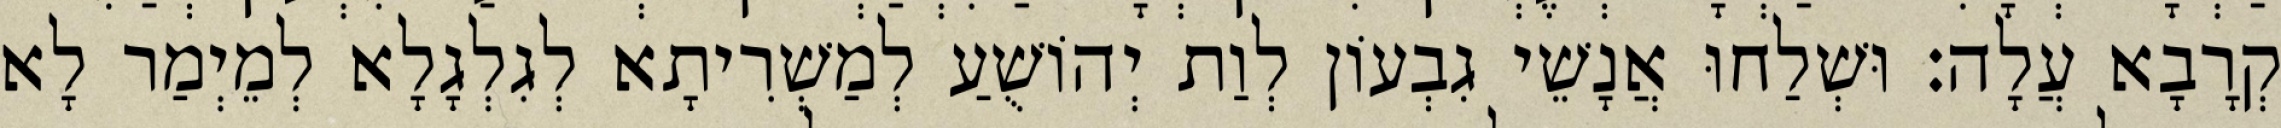
קְרָבָא עֲלָה׃ וּשְׁלַחוּ אֲנָשֵׁי גִבְעוֹן לְוַת יְהוֹשֻׁעַ לְמַשְׁרִיתָא לְגִלְגָלָא לְמֵיְמַר לָא